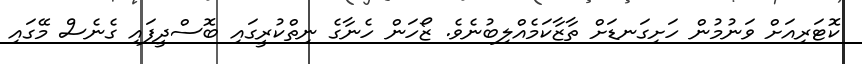
ކޮޓަރިއަށް ވަނުމުން ހަށިގަނޑަށް ތާޒާކަމެއްލިބުނެވެ. ޒޯހަން ހެނާގެ ނިތްކުރީގައި ބޮސްދީފައި ގެނެސް މޭގައި